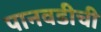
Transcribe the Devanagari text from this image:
पानवडीची